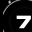
Digit: 7